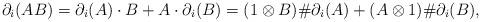
LaTeX: \begin{align*}\partial_i(AB)= \partial_i(A)\cdot B + A\cdot \partial_i(B) = (1\otimes B)\# \partial_i(A) + (A\otimes 1)\# \partial_i(B),\end{align*}